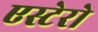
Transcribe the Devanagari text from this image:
एस्टेरो